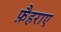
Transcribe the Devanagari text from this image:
फ़ैहराए